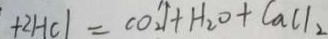
+ 2 H C l = C O _ { 2 } \uparrow + H _ { 2 } O + C a C l _ { 2 }